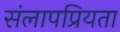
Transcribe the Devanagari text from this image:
संलापप्रियता